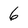
Character: 6